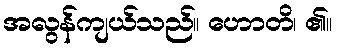
အလွန်ကျယ်သည်။ ဟောတိ၊ ၏။